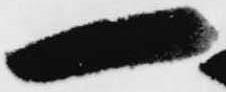
一